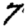
Digit: 7